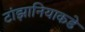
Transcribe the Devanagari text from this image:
टांझानियाकडे